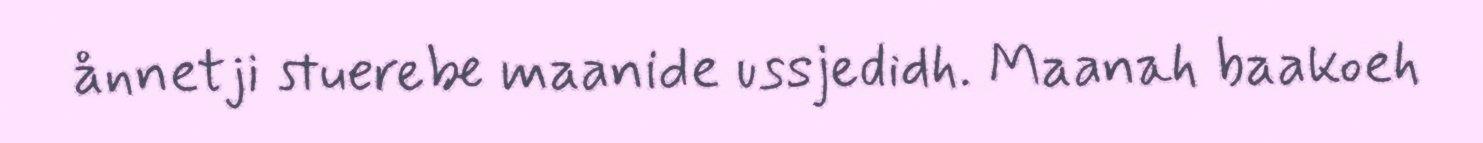
ånnetji stuerebe maanide ussjedidh. Maanah baakoeh